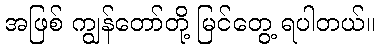
အဖြစ် ကျွန်တော်တို့ မြင်တွေ့ ရပါတယ်။